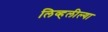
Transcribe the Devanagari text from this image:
लिव्हलील्या